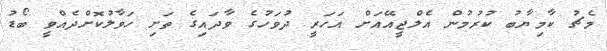
މެޗު ކާމިޔާބު ކުރުމުން އެލްޖީއޭއަށް އަހަރީ ދުވަހުގެ ވާދައިގެ ތަށި ހަވާލުކޮށްދެއްވީ ބޯޑު